Vaccination report Assam 1874-1896 - 1874-1896
Year: 1874
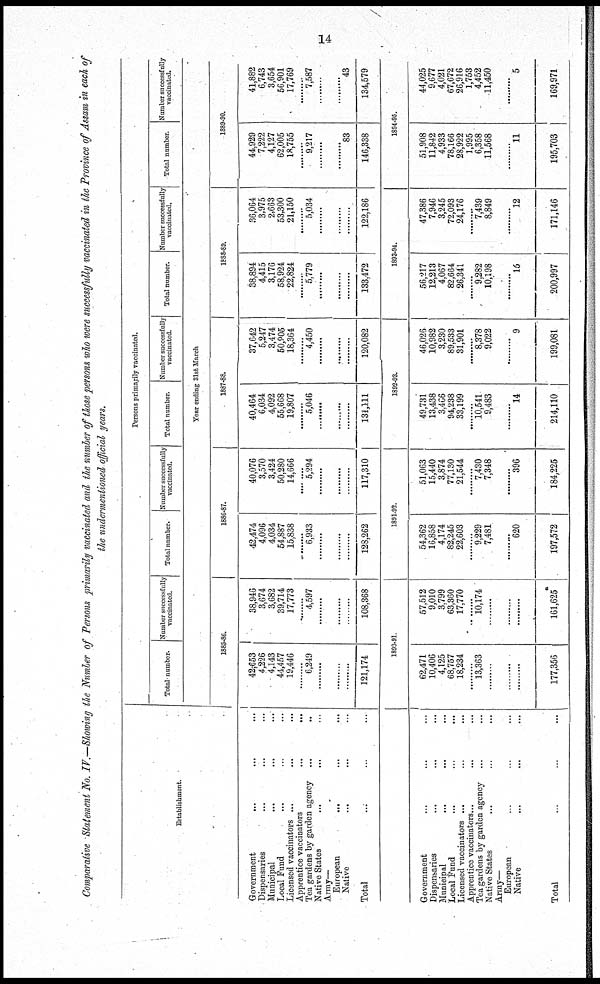
14
Comparative Statement No. IV.—Showing the Number of Persons primarily vaccinated and the number of those persons who were successfully vaccinated in the Province of Assam in each of
the undermentioned official years.
Establishment.
Government ... ... ...
Dispensaries ... ... ...
Municipal ... ... ...
Local Fund ... ... ...
Licensed vaccinators ... ... ...
Apprentice vaccinators ... ...
Tea gardens by garden agency ... ...
Native States ... ... ...
Army—
European ... ... ...
Native ... ... ...
Total ... ... ...
Government ... ... ...
Dispensaries ... ... ...
Municipal ... ... ...
Local Fund ... ... ...
Licensed vaccinators ... ... ...
Apprentice vaccinators... ... ...
Tea gardens by garden agency ... ...
Native States ... ... ...
Army—
European ... ... ...
Native ... ... ...
Total ... ... ...
Persons primarily vaccinated.
Total number.
Number successfully
vaccinated.
Total number.
Number successfully
vaccinated.
Total number.
Number successfully
vaccinated.
Total number.
Number successfully
vaccinated.
Total number.
Number successfully
vaccinated.
Year ending 31st March.
1885-86.
42,653
4,226
4,143
44,457
19,446
......... 6,249
.........
.........
.........
121,174
38,946
3,674
3,682
39,714
17,773
......... 4,597
.........
.........
.........
108,368
1890-91.
62,471
10,406
4,125
68,757
18,234
.........
13,363
.........
.........
.........
177,356
57,512
9,010
3,799
63,360
17,770
.........
10,174
.........
.........
.........
161,625
1886-87.
42,474
4,096
4,034
54,887
15,838
......... 6,933
.........
.........
.........
128,262
40,076
3,570
3,424
50,280
14,666
......... 5,294
.........
.........
.........
117,310
1891-92.
54,362
16,858
4,174
82,245
22,603
.........
9,229
7,481
.........
620
197,572
51,063
15,440
3,874
77,130
21,544
.........
7,430
7,348
.........
396
184,225
1887-88.
40,464
6,034
4,092
55,668
19,807
.........
5,046
.........
.........
.........
134,111
37,642
5,247
3,474
50,905
18,364
.........
4,450
.........
.........
.........
120,082
1892-93.
49,731
13,438
3,466
94,238
33,199
.........
10,541
9,483
.........
14
214,110
46,026
10,982
3,230
89,533
31,901
.........
8,378
9,022
.........
9
199,081
1888-89.
38,894
4,415
3,176
58,924
22,824
.........
5,779
.........
.........
.........
133,472
36,064
3,975
2,663
53,300
21,150
.........
5,034
.........
.........
.........
122,186
1893-94.
56,217
12,213
4,067
82,664
26,341
.........
9,282
10,198
.........
15
200,997
47,386
7,946
3,245
72,093
24,176
.........
7,439
8,849
.........
12
171,146
1889-90.
44,929
7,222
4,127
62,005
18,755
......... 9,217
.........
.........
83
146,338
41,882
6,743
3,654
56,901
17,769
......... 7,587
.........
.........
43
134,579
1894-95.
51,908
11,842
4,933
78,166
28,922
1,995
6,358
11,568
.........
11
195,703
44,025
9,677
4,021
67,672
26,916
1,753
4,452
11,450
.........
5
169,971